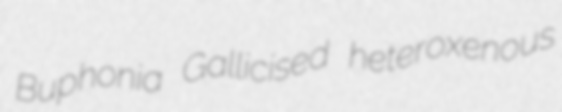
Buphonia Gallicised heteroxenous